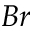
B r